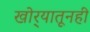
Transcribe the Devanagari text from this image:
खोर्‍यातूनही